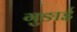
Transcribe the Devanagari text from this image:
गुङाई